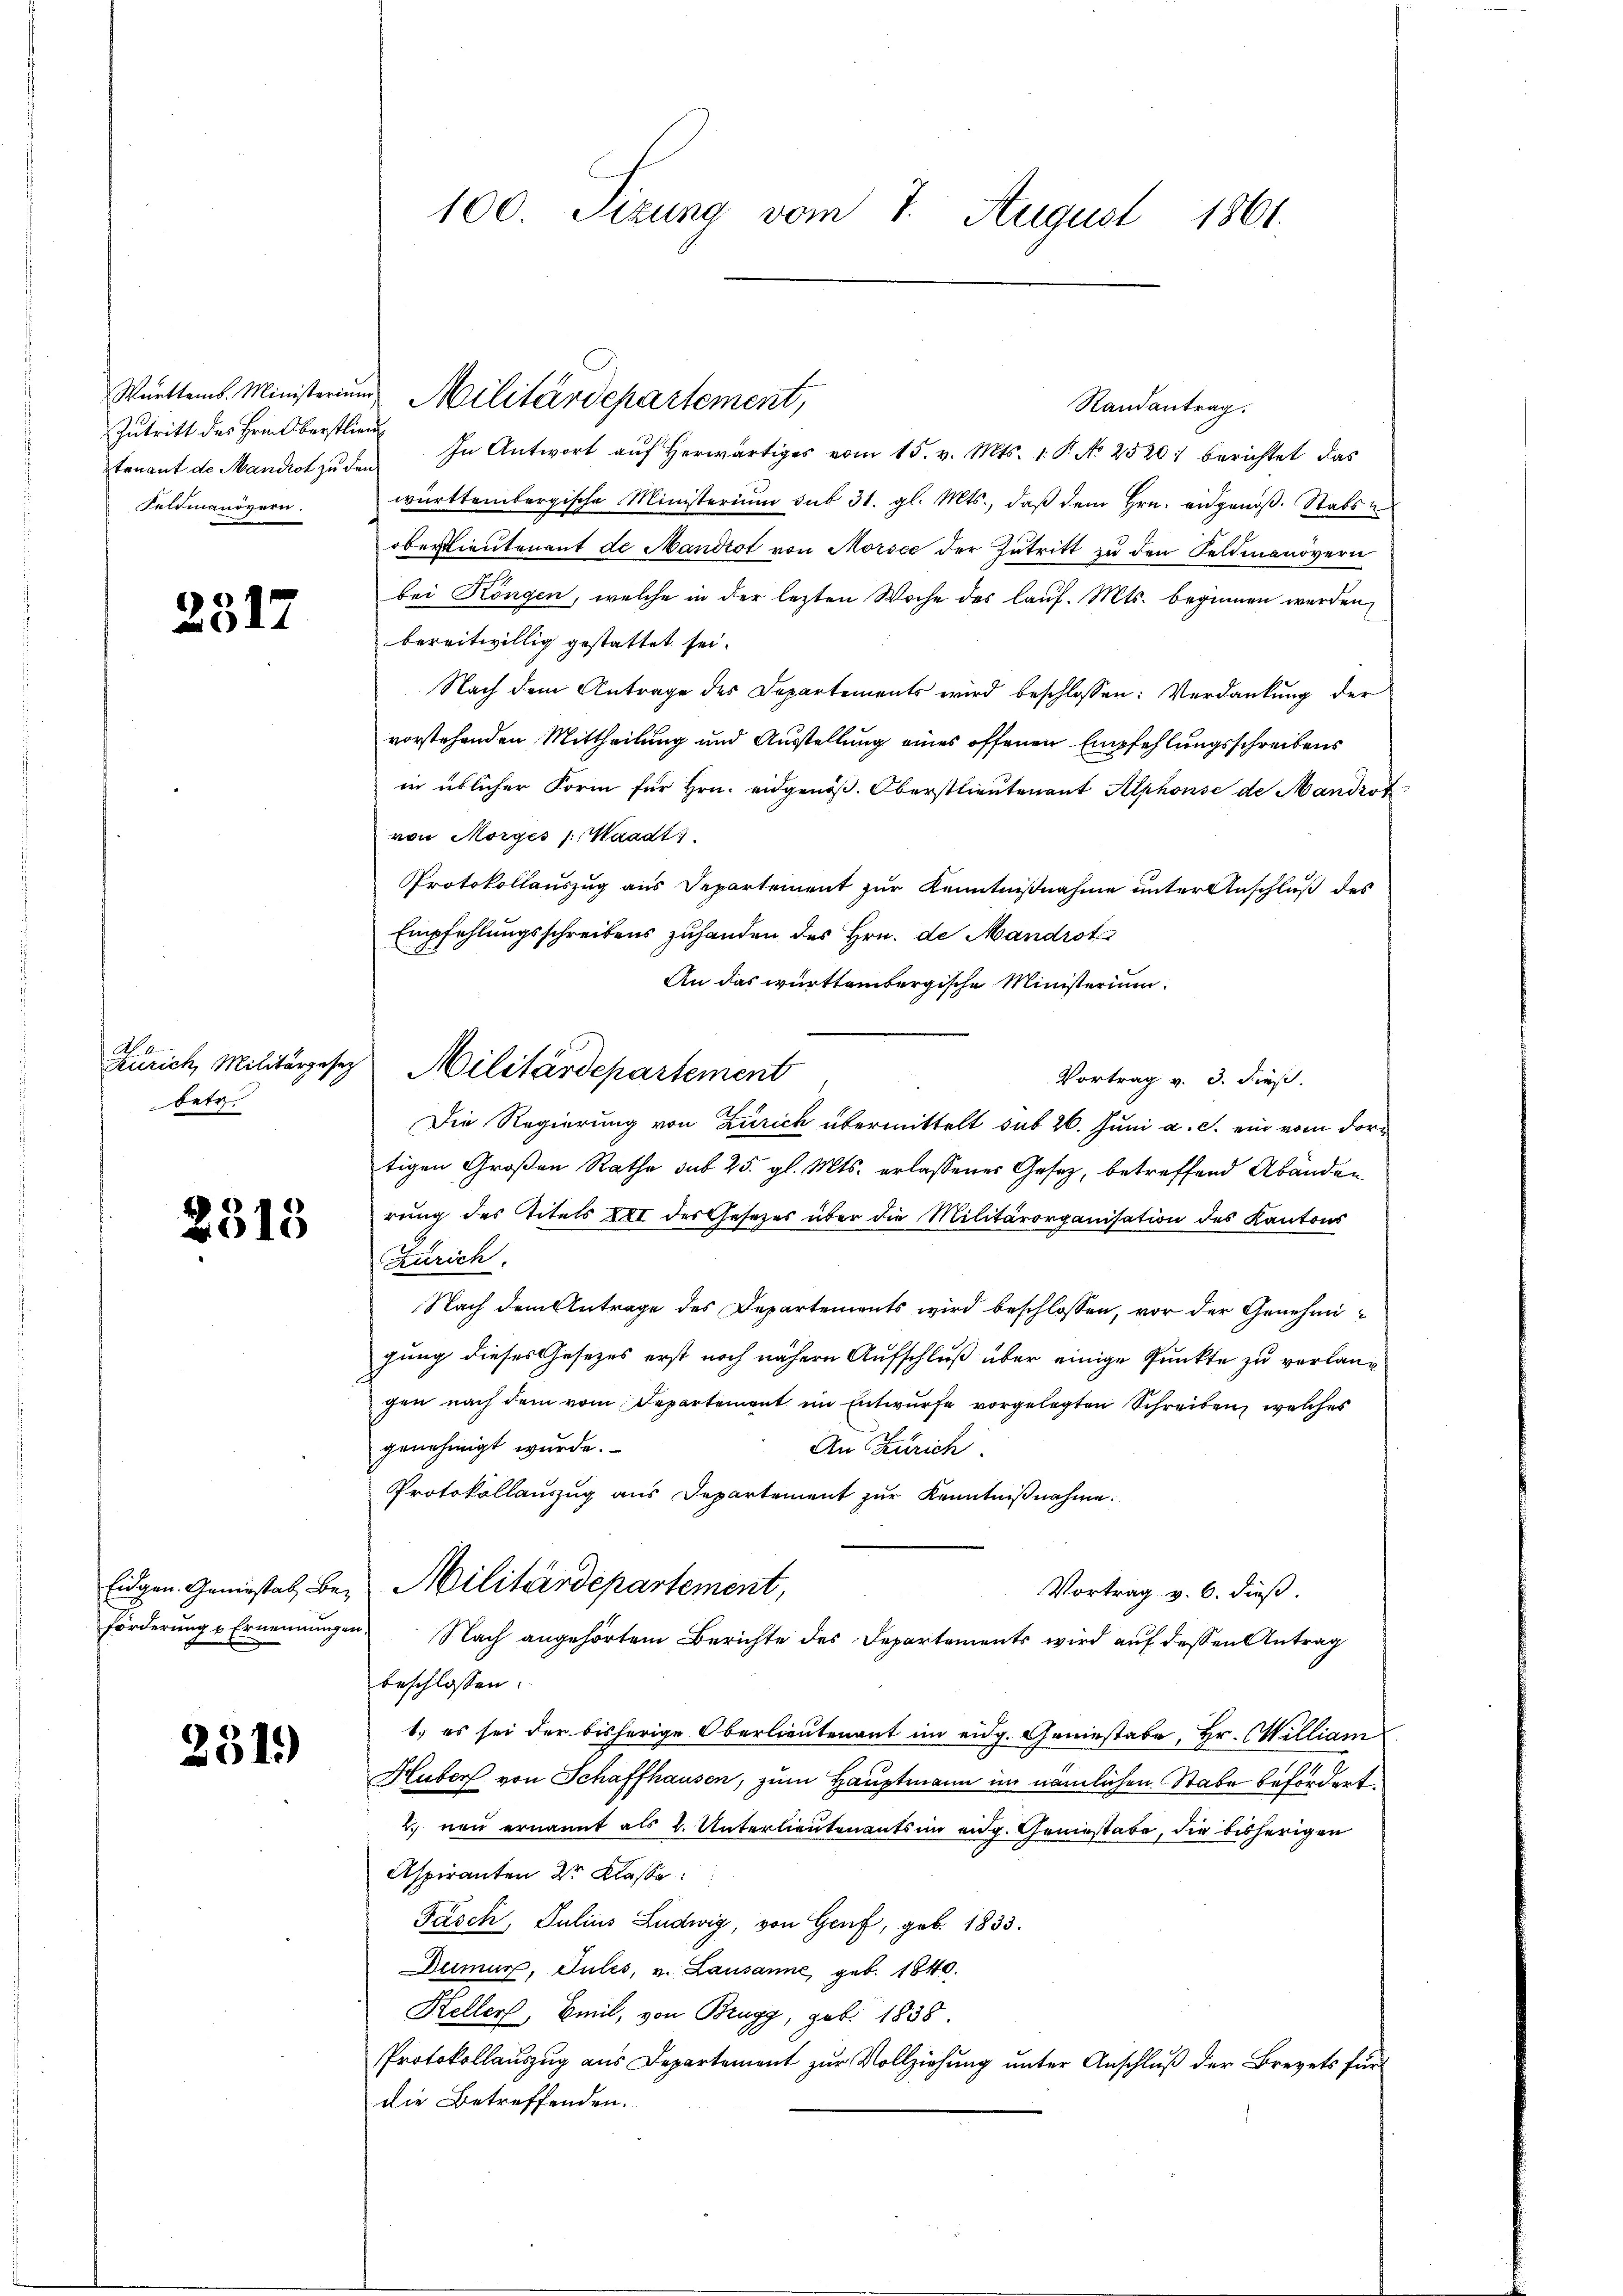
Württemb. Ministerium
Zutritt des Friedberstlien
tenant de Mandot zu der
Feldmanövern.

2317

A 4
Zürich, Militärgesez
betr.

2313

Eidgen. Geniestal, Be-
förderung u Ernennungen

251)

100. Sizung vom 7. August 1861.

Randantrag.
 In Antwort aŭf herwärtiges vom 15. v. Mts. 1. P. No 2520. berichtet das
württembergische Ministerium sub 31. gl. Mts., daß dem Hrn. eidgenoß. Stabs
oberstlieutenant de Mandiot von Morsee der Zutritt zu den Feldmanövern
bei Köngen, welche in der lezten Woche des lauf. Mts. beginnen werden,
bereitwillig gestattet sei.
Nach dem Antrage des Departements wird beschlossen: Verdankung der
vorstehenden Mittheilung und Ausstellung eines offenen Empfehlungsschreibens
in üblicher Form für Hrn. eidgenöß. Oberstlieutenant Alphonse de Mandrot
von Morges J. Waadt,
Protokollauszug aus Departement zur Kenntnißnahme unter Anschluß des
Empfehlungsschreibens zuhanden des Hrn. de Mandrot
An das württembergische Ministerium
Vortrag v. 3. dieß.
Die Regierung von Zürich übermittelt sub 26. Juni a. c. ein vom dortigen Großen Rathe sub 25. gl. Mts. erlassenes Gesetz, betreffend Abänden
rung des Titels XII der Gesetzes über die Militärorganisation des Kantons
Zürich
Nach dem Antrage des Departements wird beschlossen, vor der Genehmigung dieses Gesetzes erst noch nähern Aufschluß über einige Punkte zu verlangen nach dem vom Departement im Entwurfe vorgelegten Schreiben, welches
genehmigt wurde.
An Zürich.
Protokollauszug aus Departement zur Kenntnißnahme.
Militärdepartement,
Vortrag v. 6. dieß.
Nach angehörtem Berichte des Departements wird auf dessen Antrag
beschlossen:
1. es sei der bisherige Oberlieutenant im eidg. Geniestabe, Hr. William
Huber von Schaffhausen, zum Hauptmann im nämlichen Stabe befordert.
2. non ernannt als 2. Unterlieutenants im eidg. Geniestabe, die bisherigen
Aspiranten Dr Klasse
Fasch, Julius Ludwig, von Genf, geb. 1833.
Deimur, Gules, v. Lausanne, geb. 1840.
Heller, Emil, von Brugg, geb. 1838.
Protokollauszug aus Departement zur Vollziehung unter Anschluß der Brevets für
die Betreffenden.

Militärdepartement,

Militärdepartement